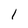
Character: 1